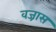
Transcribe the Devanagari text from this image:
वज्रास